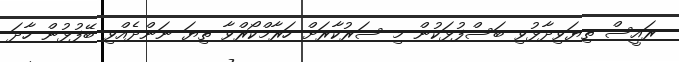
ރައީސް ތިޔަވިދާޅުވި ބަސްފުޅަކުން މި ސަރުކާރަށް ހަރާމްކޯރްވާ ތިޔަ ނަންދެއްވި ބޭފުޅުން ހާދަ